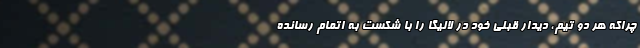
چراکه هر دو تیم، دیدار قبلی خود در لالیگا را با شکست به اتمام رسانده